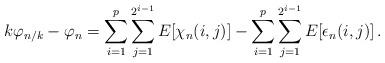
LaTeX: \begin{align*}k \varphi_{n/k} - \varphi_n = \sum_{i=1}^p \sum_{j=1}^{2^{i-1}} E[ \chi_n(i,j)]-\sum_{i=1}^p \sum_{j=1}^{2^{i-1}} E[ \epsilon_n(i,j)] \,.\end{align*}